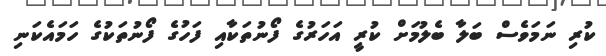
ކުރި ނަމަވެސް ބަލާ ބެލުމަށް ކުރީ އަހަރުގެ ފޯނުތަކާއި ފަހުގެ ފޯނުތަކުގެ ހަމައެކަނި